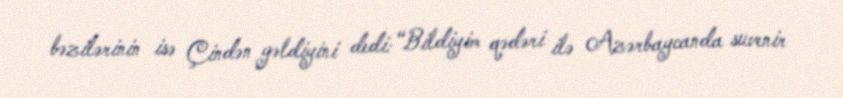
bəzilərinin isə Çindən gəldiyini dedi: “Bildiyim qədəri ilə Azərbaycanda suvenir